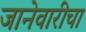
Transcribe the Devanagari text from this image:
जानेवारीचा